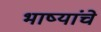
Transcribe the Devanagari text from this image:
भाष्यांचे